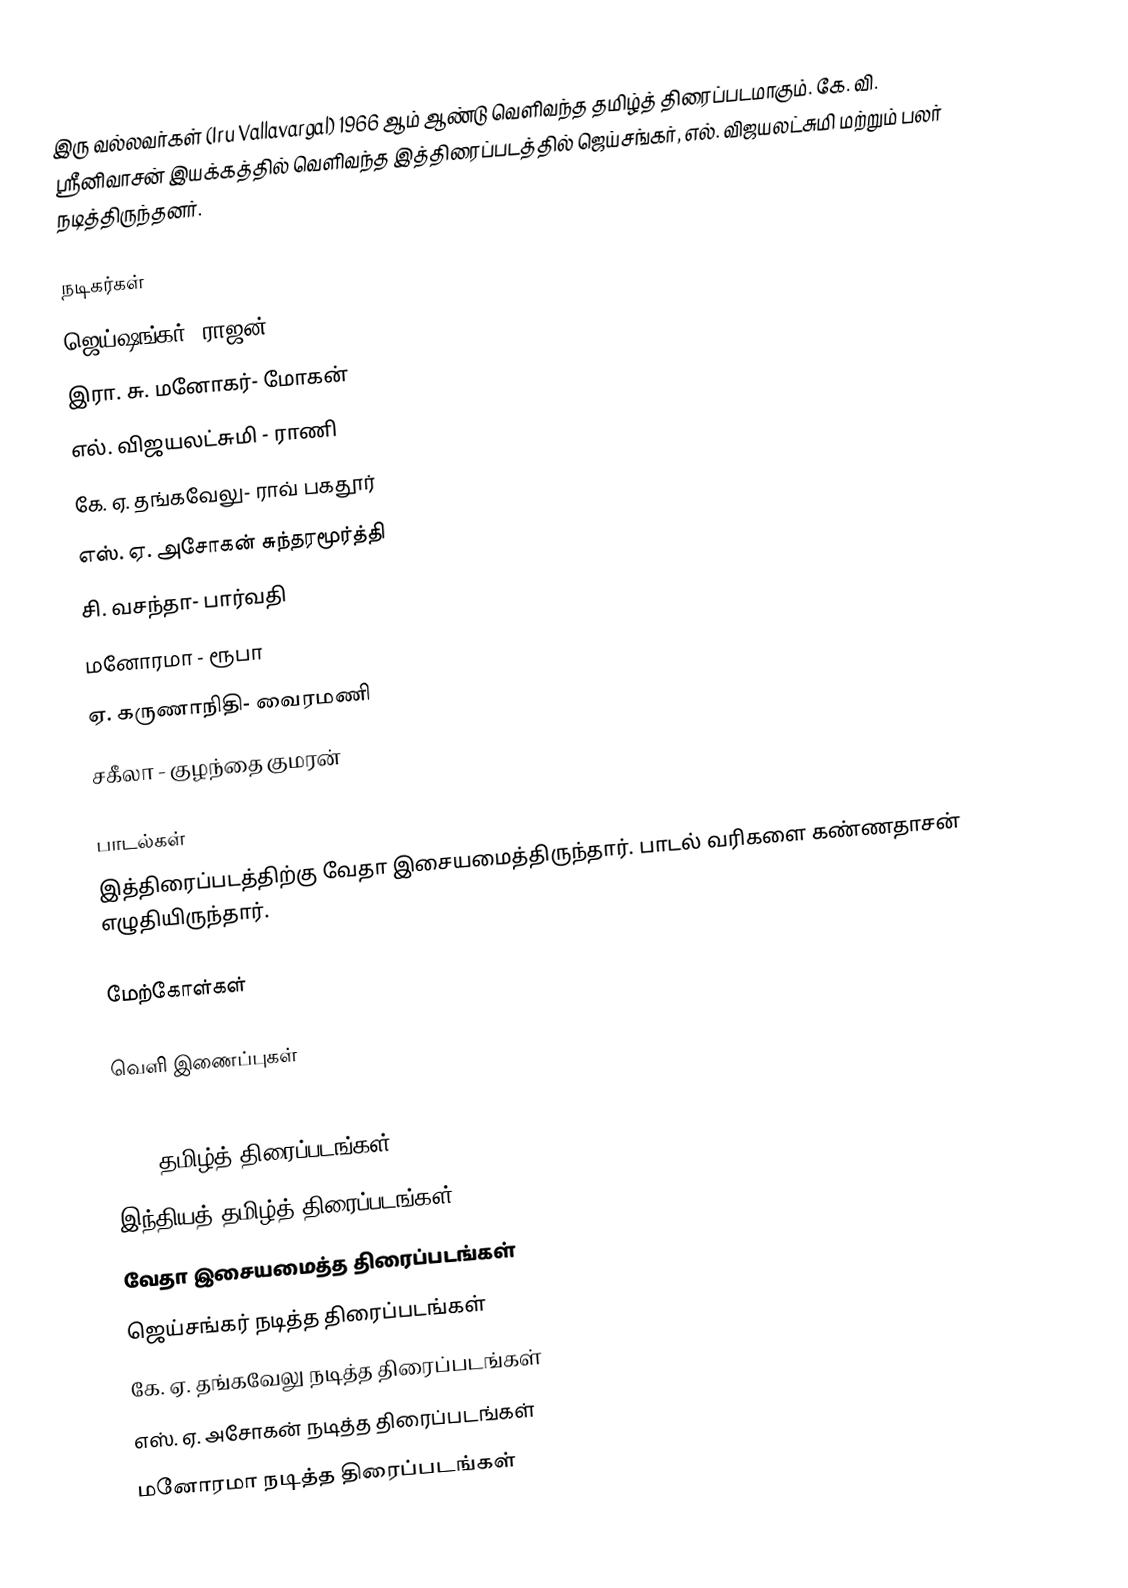
இரு வல்லவர்கள் (Iru Vallavargal) 1966 ஆம் ஆண்டு வெளிவந்த தமிழ்த் திரைப்படமாகும். கே. வி. ஸ்ரீனிவாசன் இயக்கத்தில் வெளிவந்த இத்திரைப்படத்தில் ஜெய்சங்கர், எல். விஜயலட்சுமி மற்றும் பலர் நடித்திருந்தனர்.

நடிகர்கள்
 ஜெய்ஷங்கர்- ராஜன்
 இரா. சு. மனோகர்- மோகன்
 எல். விஜயலட்சுமி - ராணி
 கே. ஏ. தங்கவேலு- ராவ் பகதூர்
 எஸ். ஏ. அசோகன் சுந்தரமூர்த்தி
 சி. வசந்தா- பார்வதி
 மனோரமா - ரூபா
 ஏ. கருணாநிதி- வைரமணி
 சகீலா - குழந்தை குமரன்

பாடல்கள்
இத்திரைப்படத்திற்கு வேதா இசையமைத்திருந்தார். பாடல் வரிகளை கண்ணதாசன் எழுதியிருந்தார்.

மேற்கோள்கள்

வெளி இணைப்புகள்

1966 தமிழ்த் திரைப்படங்கள்
இந்தியத் தமிழ்த் திரைப்படங்கள்
வேதா இசையமைத்த திரைப்படங்கள்
ஜெய்சங்கர் நடித்த திரைப்படங்கள்
கே. ஏ. தங்கவேலு நடித்த திரைப்படங்கள்
எஸ். ஏ. அசோகன் நடித்த திரைப்படங்கள்
மனோரமா நடித்த திரைப்படங்கள்